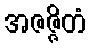
အဇဇ္ဇိတံ